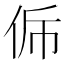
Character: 𠈩